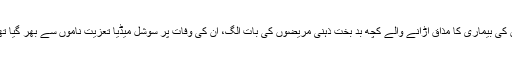
ان کی بیماری کا مذاق اڑانے والے کچھ بد بخت ذہنی مریضوں کی بات الگ، ان کی وفات پر سوشل میڈیا تعزیت ناموں سے بھر گیا تھا۔